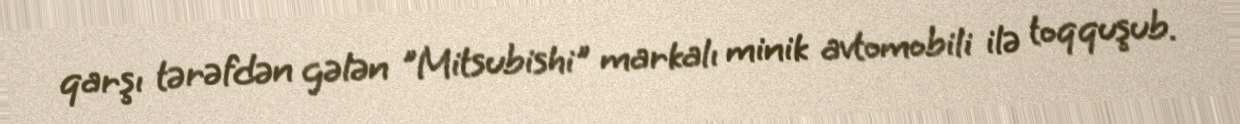
qarşı tərəfdən gələn "Mitsubishi" markalı minik avtomobili ilə toqquşub.